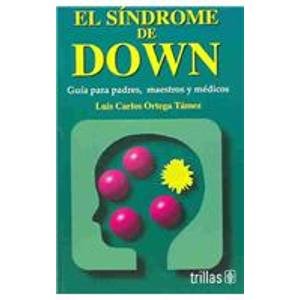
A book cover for El Sindrome De Down / Down Syndrome: Guia Para Padres, Maestros Y Medicos / Guide for Parents, Teachers and Doctors (Spanish Edition); Luis Carlos Ortega Tamez; Health, Fitness & Dieting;